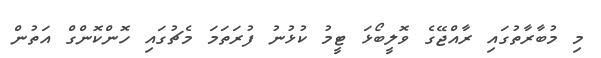
މި މުބާރާތުގައި ރާއްޖޭގެ ވޮލީބޯޅަ ޓީމު ކުޅުނު ފުރަތަމަ މެޗުގައި ހޮންކޮންގް އަތުން